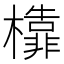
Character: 𣞳